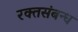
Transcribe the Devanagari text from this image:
रक्तसंबन्ध